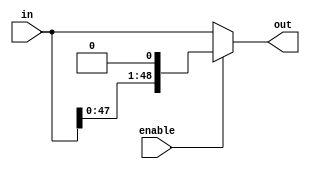
module left_shift_1(in, enable, out
	);

	// Assigining ports as in/out
	input [48:0] in;
	input enable;
	output [48:0] out;

	// Logic
	assign out = (enable == 1) ? (in << 1) : in;

endmodule